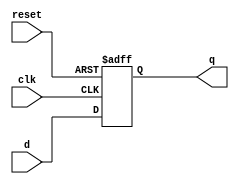
// This program was cloned from: https://github.com/steveicarus/ivtest
// License: GNU General Public License v2.0

`define REG_DELAY 1

module ansireg(input clk, reset, input [7:0] d, output reg [7:0] q );
always @(posedge clk or posedge reset)
   if(reset)
     q <= #(`REG_DELAY) 8'h00;
   else
     q <= #(`REG_DELAY) d;

endmodule

module main;

   reg clk, reset;
   reg [7:0] d;
   wire [7:0] q;

   ansireg U(clk, reset, d, q);

   initial begin
      clk = 0;
      reset = 0;
      d = 'hff;

      #(2*`REG_DELAY) clk <= 1;
      #(2*`REG_DELAY) if (q !== d) begin
	 $display("FAILED -- clk=%b, reset=%b, d=%b, q=%b", clk, reset, d, q);
	 $finish;
      end

      reset <= 1;
      #(1 + `REG_DELAY) if (q !== 8'h00) begin
	 $display("FAILED -- clk=%b, reset=%b, d=%b, q=%b", clk, reset, d, q);
	 $finish;
      end

      $display("PASSED");
   end // initial begin
endmodule // main